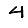
Digit: 4